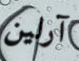
آرلين